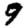
Digit: 9